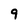
Character: 9